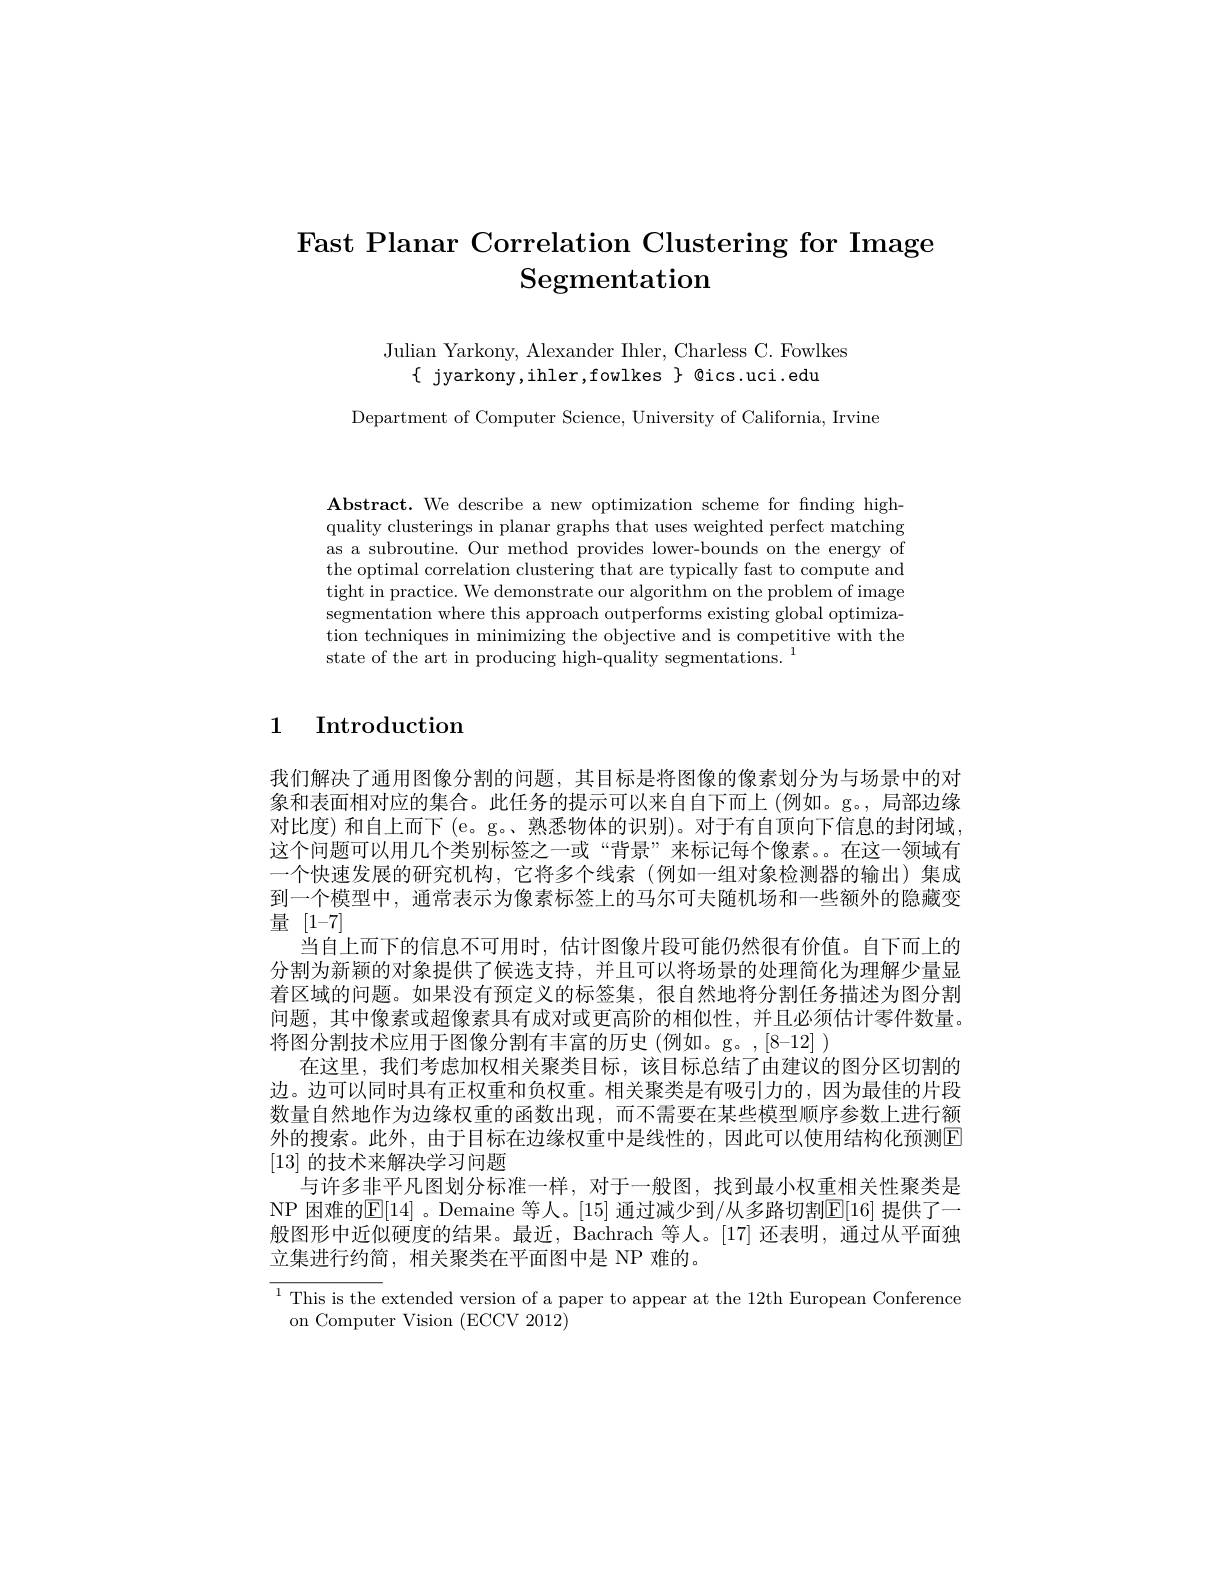
# Fast Planar Correlation Clustering for Image Segmentation

Julian Yarkony, Alexander Ihler, Charless C. Fowlkes
$\{$ jyarkony,ihler,fowlkes $\}$ @ics.uci.edu

Department of Computer Science, University of California, Irvine

Abstract. We describe a new optimization scheme for finding highquality clusterings in planar graphs that uses weighted perfect matching as a subroutine. Our method provides lower-bounds on the energy of the optimal correlation clustering that are typically fast to compute and tight in practice. We demonstrate our algorithm on the problem of image segmentation where this approach outperforms existing global optimization techniques in minimizing the objective and is competitive with the state of the art in producing high-quality segmentations. 1

## 1 Introduction

我们解决了通用图像分割的问题，其目标是将图像的像素划分为与场景中的对象和表面相对应的集合。此任务的提示可以来自自下而上 (例如。g。, 局部边缘对比度)和自上而下 (e。g。、熟悉物体的识别)。对于有自顶向下信息的封闭域这个问题可以用几个类别标签之一或“背景”来标记每个像素。在这一领域有一个快速发展的研究机构，它将多个线索(例如一组对象检测器的输出)集成到一个模型中，通常表示为像素标签上的马尔可夫随机场和一些额外的隐藏变量[1-7]
当自上而下的信息不可用时，估计图像片段可能仍然很有价值。自下而上的分割为新颖的对象提供了候选支持，并且可以将场景的处理简化为理解少量显着区域的问题。如果没有预定义的标签集，很自然地将分割任务描述为图分割问题，其中像素或超像素具有成对或更高阶的相似性，并且必须估计零件数量。将图分割技术应用于图像分割有丰富的历史 (例如。g。,[8-12] )
在这里，我们考虑加权相关聚类目标，该目标总结了由建议的图分区切割的边。边可以同时具有正权重和负权重。相关聚类是有吸引力的，因为最佳的片段数量自然地作为边缘权重的函数出现，而不需要在某些模型顺序参数上进行额外的搜索。此外，由于目标在边缘权重中是线性的，因此可以使用结构化预测E [13]的技术来解决学习问题
与许多非平凡图划分标准一样，对于一般图，找到最小权重相关性聚类是NP 困难的E[14]。Demaine 等人。[15] 通过减少到/从多路切割$\mathbb{E}[16]$ 提供了一般图形中近似硬度的结果。最近，Bachrach 等人。[17] 还表明，通过从平面独立集进行约简，相关聚类在平面图中是 NP 难的。
$^{1}$This is the extended version of a paper to appear at the 12th European Conference

on Computer Vision ( ECCV2012)